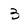
Character: 3